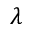
\lambda